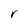
Character: r